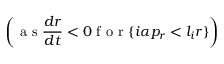
\left( \mathrm { ~ a ~ s ~ } \frac { d r } { d t } < 0 \mathrm { ~ f ~ o ~ r ~ } \{ i \alpha p _ { r } < l _ { i } r \} \right)